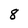
Character: 8